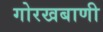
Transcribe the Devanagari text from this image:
गोरखबाणी